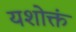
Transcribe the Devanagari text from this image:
यशोक्तं